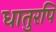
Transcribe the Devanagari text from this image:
धातुरपि